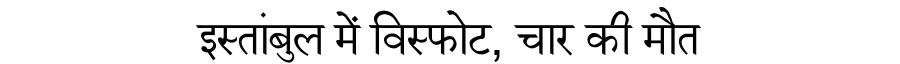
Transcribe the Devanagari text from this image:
इस्तांबुल में विस्फोट, चार की मौत